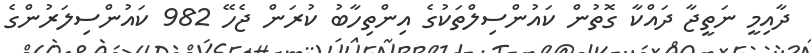
ދާއިމީ ނަތީޖާ ދައްކާ ގޮތުން ކައުންސިލްތަކުގެ އިންތިހާބު ކުރަން ޖެހޭ 982 ކައުންސިލަރުންގެ